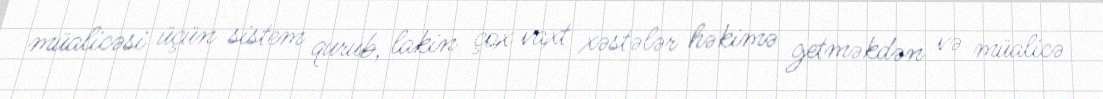
müalicəsi üçün sistem qurub, lakin çox vaxt xəstələr həkimə getməkdən və müalicə